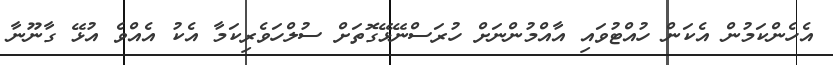
އެހެންކަމުން އެކަން ހުއްޓުވައި އާއްމުންނަށް ހުރަސްނޭޅޭގޮތަށް ސުލްހަވެރިކަމާ އެކު އެއްވެ އުޅޭ ގާނޫނާ